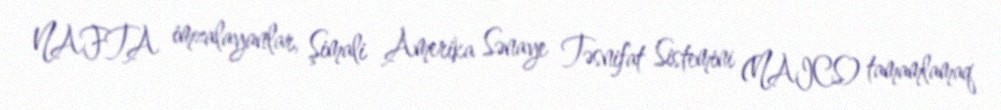
NAFTA imzalayanlar, Şimali Amerika Sənaye Təsnifat Sistemini (NAICS) tamamlamaq